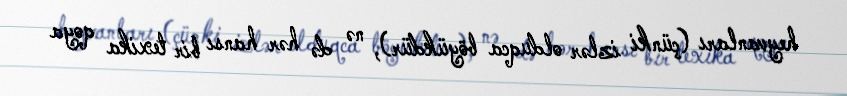
heyvanları (çünki izlər olduqca böyükdür), nə də hər hansı bir texika qoya